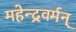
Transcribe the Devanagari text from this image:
महेन्द्रवर्मन्